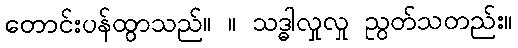
တောင်းပန်ထွာသည်။ ။ သဒ္ဓါလှုလှု ညွတ်သတည်း။